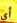
أي